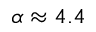
\alpha \approx 4 . 4